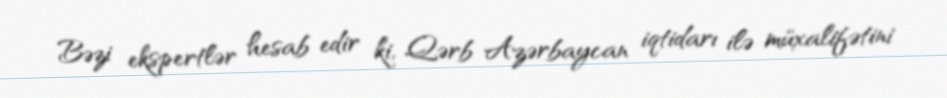
Bəzi ekspertlər hesab edir ki, Qərb Azərbaycan iqtidarı ilə müxalifətini